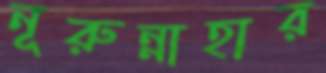
নূরুন্নাহার